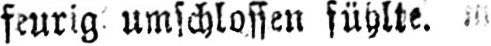
feurig umschlossen fühlte.